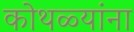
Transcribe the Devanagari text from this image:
कोथळ्यांना